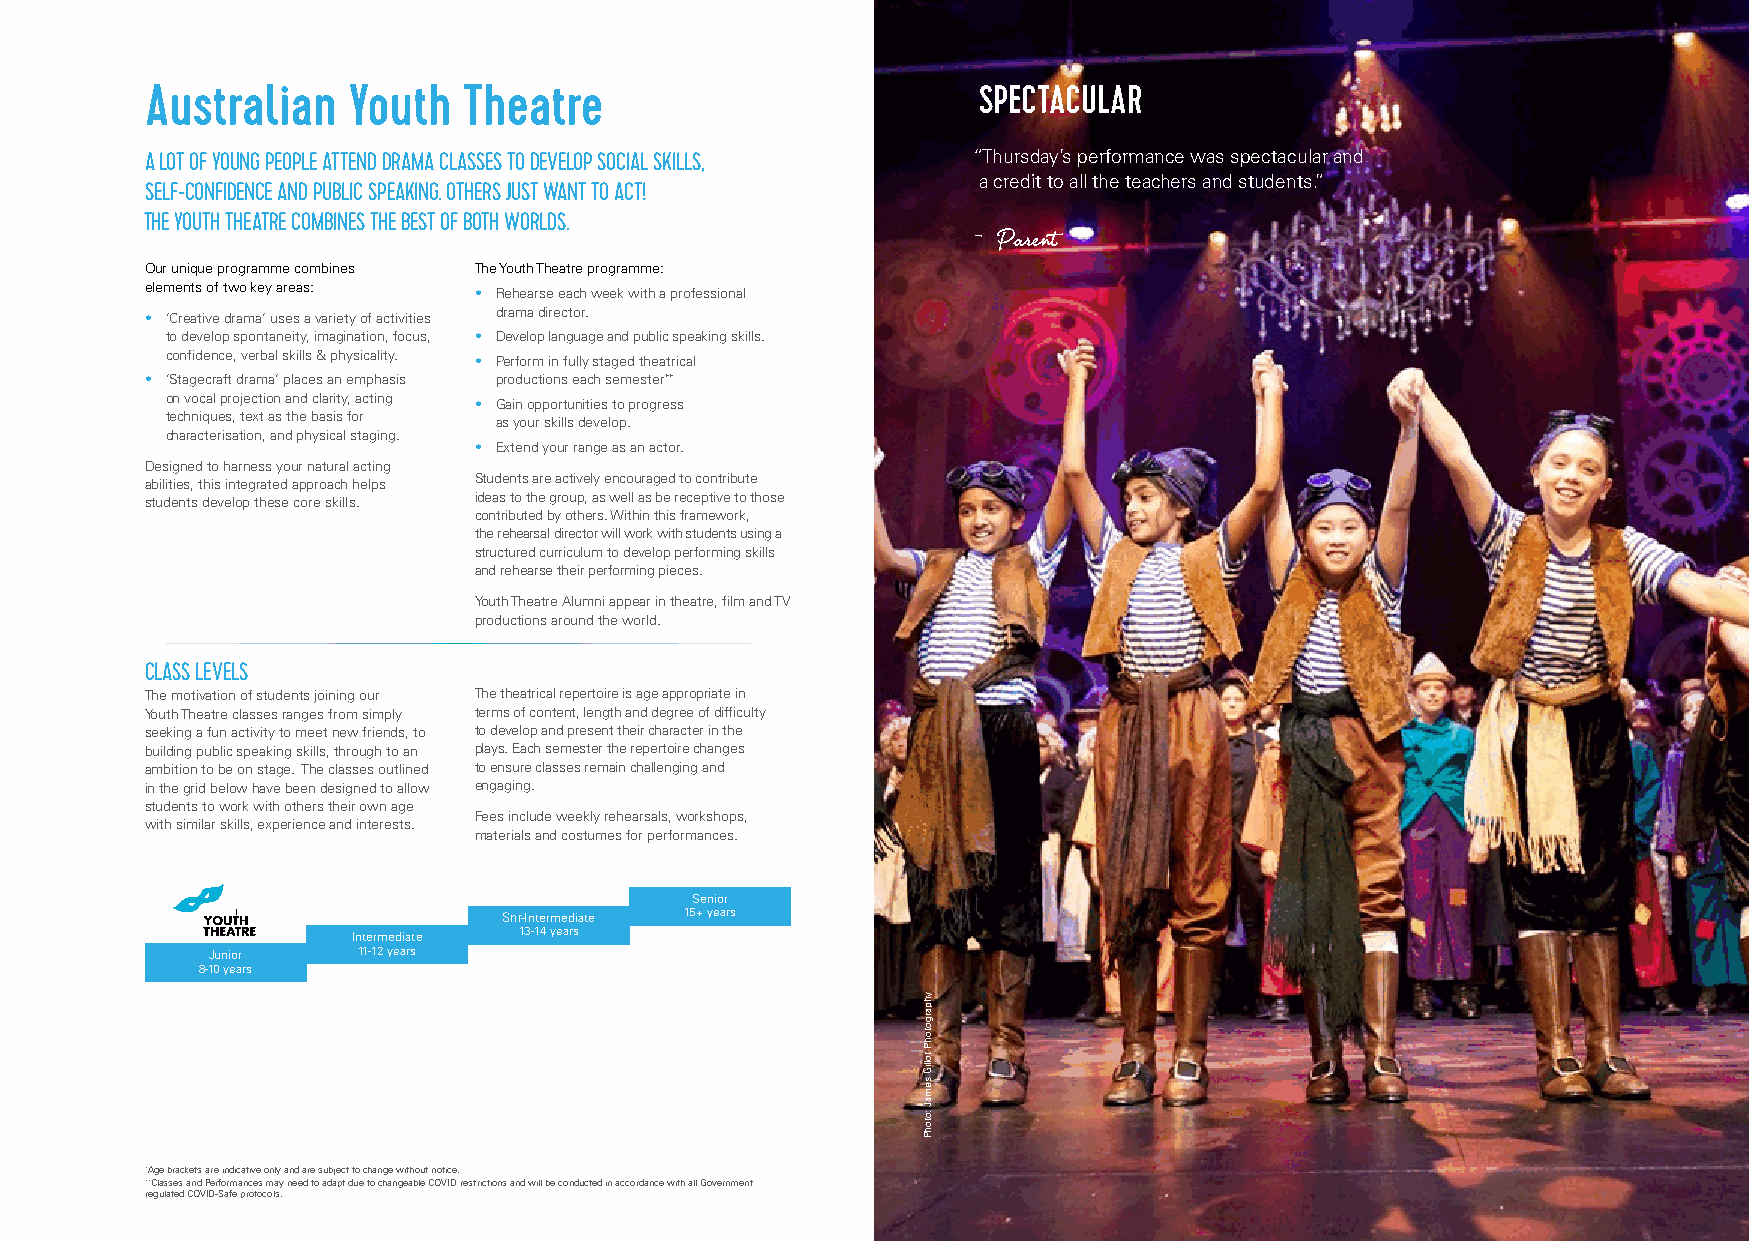
Australian   Youth   Theatre                           SPECTACULAR
 A LOT OF YOUNG PEOPLE ATTEND DRAMA CLASSES TO DEVELOP SOCIAL SKILLS, “Thursday’s performance was spectacular and
 a credit to all the teachers and students.”
 SELF-CONFIDENCE AND PUBLIC SPEAKING. OTHERS JUST WANT TO ACT!
 THE YOUTH THEATRE COMBINES THE BEST OF BOTH WORLDS.
 - Parent
 Our unique programme combines The Youth Theatre programme:
 elements of two key areas:
 • Rehearse each week with a professional
 • ‘Creative drama’ uses a variety of activities drama director.
 to develop spontaneity, imagination, focus, • Develop language and public speaking skills.
 confidence, verbal skills & physicality.
 • Perform in fully staged theatrical
 • ‘Stagecraft drama’ places an emphasis productions each semester**
 on vocal projection and clarity, acting
 • Gain opportunities to progress
 techniques, text as the basis for
 as your skills develop.
 characterisation, and physical staging.
 • Extend your range as an actor.
 Designed to harness your natural acting
 abilities, this integrated approach helps Students are actively encouraged to contribute
 students develop these core skills. ideas to the group, as well as be receptive to those
 contributed by others. Within this framework,
 the rehearsal director will work with students using a
 structured curriculum to develop performing skills
 and rehearse their performing pieces.
 Youth Theatre Alumni appear in theatre, film and TV
 productions around the world.
 CLASS LEVELS
 The motivation of students joining our The theatrical repertoire is age appropriate in
 Youth Theatre classes ranges from simply terms of content, length and degree of difficulty
 seeking a fun activity to meet new friends, to to develop and present their character in the
 building public speaking skills, through to an plays. Each semester the repertoire changes
 ambition to be on stage. The classes outlined to ensure classes remain challenging and
 in the grid below have been designed to allow engaging.
 students to work with others their own age
 Fees include weekly rehearsals, workshops,
 with similar skills, experience and interests.
 materials and costumes for performances.
 Senior
 Snr-Intermediate 15+ years
 Intermediate 13-14 years
 Junior    11-12 years
 8-10 years
 *Age brackets are indicative only and are subject to change without notice.
 **Classes and Performances may need to adapt due to changeable COVID restrictions and will be conducted in accordance with all Government
 regulated COVID-Safe protocols.
 yhpargotohP
 tolliG
 semaJ
 :otohP